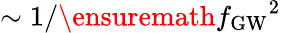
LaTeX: \sim 1/\ensuremath{f_{\mathrm{GW}}}^{2}